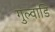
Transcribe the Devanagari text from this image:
गुल्वाडि